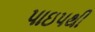
પાઇપથી